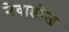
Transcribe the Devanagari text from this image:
नेवाडोज